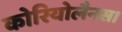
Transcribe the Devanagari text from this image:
कोरियोलैनस।